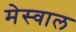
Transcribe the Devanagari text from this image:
मेस्वाल